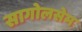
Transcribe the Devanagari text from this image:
सागोलसेम